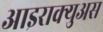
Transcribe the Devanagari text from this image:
आइराक्युअस